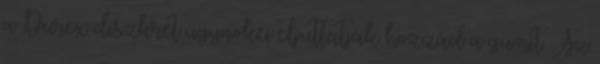
a Durex diszkrét ügynökei eljuttatják hozzád a gumit. Az